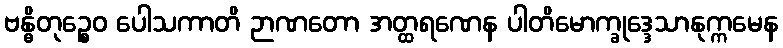
ဗန္ဓိတုဉ္စေဝ ပေါသကာတိ ဉာဏတော အတ္ထရဏေန ပါတိမောက္ခုဒ္ဒေသာနုက္ကမေန